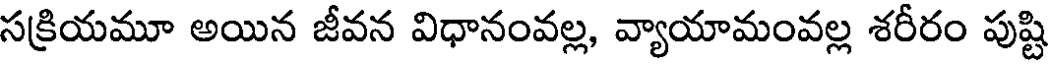
సక్రియమూ అయిన జీవన విధానంవల్ల, వ్యాయామంవల్ల శరీరం పుష్టి